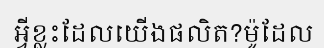
អ្វីខ្លះដែលយើងផលិត?ម៉ូដែល